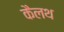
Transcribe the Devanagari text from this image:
कैलथ